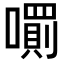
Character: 𡁪